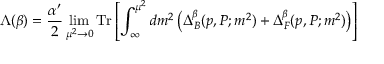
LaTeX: \Lambda ( \beta ) = \frac { \alpha ^ { \prime } } { 2 } \operatorname * { l i m } _ { \mu ^ { 2 } \rightarrow 0 } \mathrm { T r } \left[ \int _ { \infty } ^ { \mu ^ { 2 } } d m ^ { 2 } \left( \Delta _ { B } ^ { \beta } ( p , P ; m ^ { 2 } ) + \Delta _ { F } ^ { \beta } ( p , P ; m ^ { 2 } ) \right) \right]